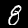
Digit: 8